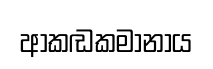
ආකඬකමානාය